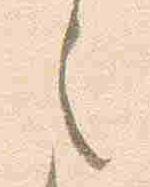
之